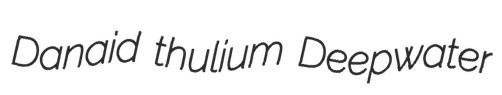
Danaid thulium Deepwater